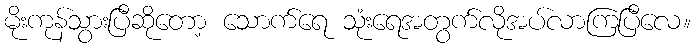
မိုးကုန်သွားပြီဆိုတော့ သောက်ရေ သုံးရေအတွက်လိုအပ်လာကြပြီလေ။